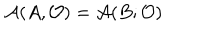
{ \cal A } ( A , { \cal O } ) = { \cal A } ( B ; { \cal O } )